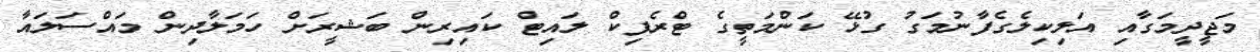
މަޖީދީމަގާއި އަލިކިލެގެފާނުމަގު ގުޅޭ ކަންމަތީގެ ޓްރެފިކް ލައިޓް ކައިރިން ބަޝީރަށް ހަމަލާދިން މައްސަލައާ